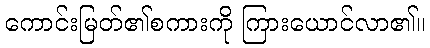
ကောင်းမြတ်၏စကားကို ကြားယောင်လာ၏။